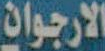
الارجوان